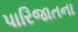
પારિજાતના